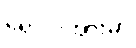
ရောင်းအားမှာ